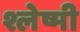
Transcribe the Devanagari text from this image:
श्लेष्मी